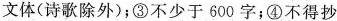
文体(诗歌除外)；③不少于600字；④不得抄